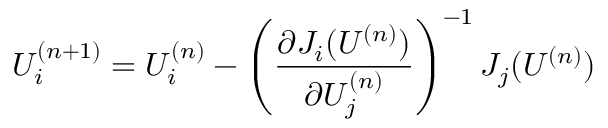
U _ { i } ^ { ( n + 1 ) } = U _ { i } ^ { ( n ) } - \left( \frac { \partial J _ { i } ( U ^ { ( n ) } ) } { \partial U _ { j } ^ { ( n ) } } \right) ^ { - 1 } J _ { j } ( U ^ { ( n ) } )